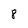
Character: 8